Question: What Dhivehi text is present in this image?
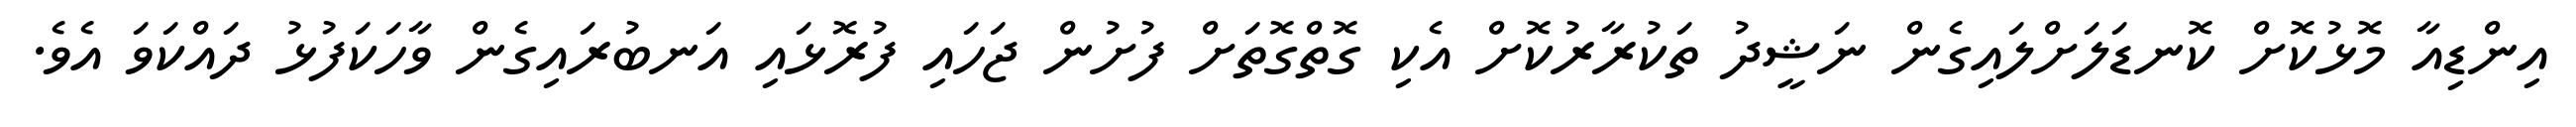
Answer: އިންޑިއާ މޮޅުކޮށް ކޮނޑަލަށްލައިގެން ނަޝީދު ތަކުރާރުކޮށް އެކި ގޮތްގޮތަށް ފުށުން ޖަހައި ފުރޮޅައި އަނބުރައިގެން ވާހަކަފުޅު ދައްކަވަ އެވެ.